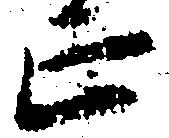
正